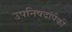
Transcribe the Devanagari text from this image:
उपनिषदांपैकीं